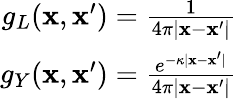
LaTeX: \begin{array}{r}{g_{L}(\mathbf{x},\mathbf{x}^{\prime})=\frac{1}{4\pi|\mathbf{x}-\mathbf{x}^{\prime}|}}\\ {g_{Y}(\mathbf{x},\mathbf{x}^{\prime})=\frac{e^{-\kappa|\mathbf{x}-\mathbf{x}^{\prime}|}}{4\pi|\mathbf{x}-\mathbf{x}^{\prime}|}}\end{array}